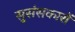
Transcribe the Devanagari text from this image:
सुसंसकारों